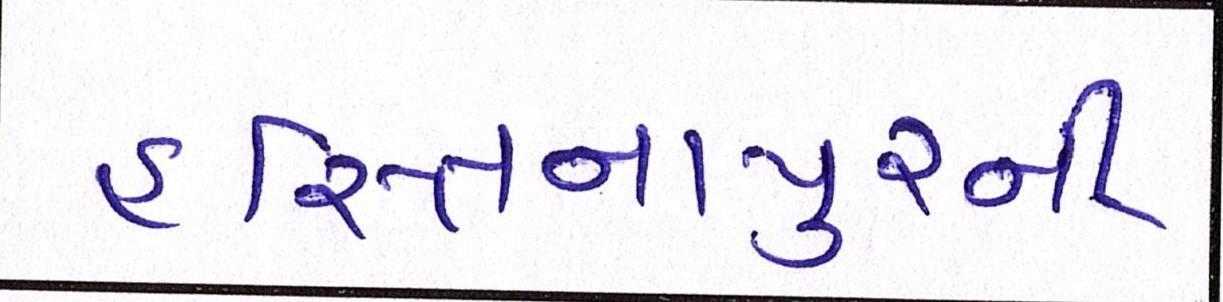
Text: હસ્તિનાપુરની